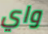
واي